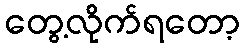
တွေ့လိုက်ရတော့